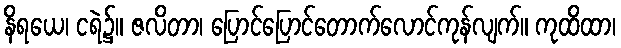
နိရယေ၊ ငရဲ၌။ ဇလိတာ၊ ပြောင်ပြောင်တောက်လောင်ကုန်လျက်။ ကုထိထာ၊